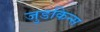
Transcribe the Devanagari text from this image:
जुडकिन्स